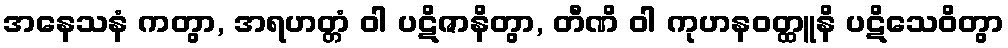
အနေသနံ ကတွာ, အရဟတ္တံ ဝါ ပဋိဇာနိတွာ, တီဏိ ဝါ ကုဟနဝတ္ထူနိ ပဋိသေဝိတွာ